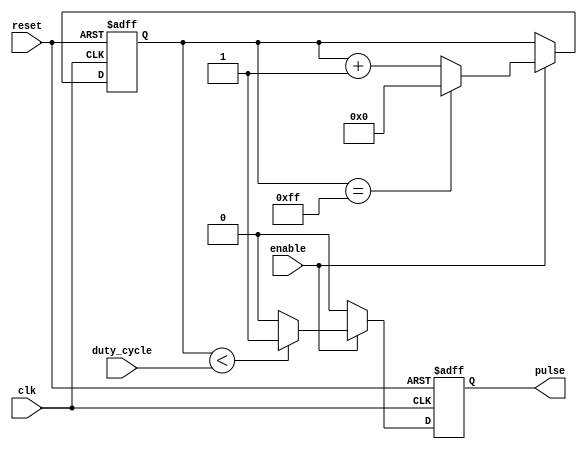
module DutyCyclePulseGenerator (
    input wire clk,
    input wire reset,
    input wire enable,
    input wire [7:0] duty_cycle,
    output reg pulse
);

reg [7:0] counter;

always @(posedge clk or posedge reset) begin
    if (reset) begin
        pulse <= 0;
        counter <= 0;
    end else if (enable) begin
        if (counter < duty_cycle) begin
            pulse <= 1;
        end else begin
            pulse <= 0;
        end
        
        if (counter == 255) begin
            counter <= 0;
        end else begin
            counter <= counter + 1;
        end
    end else begin
        pulse <= 0;
    end
end

endmodule